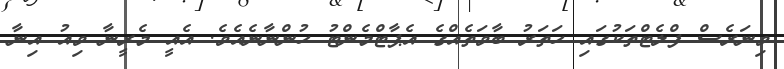
ވިނަރެސް ފްލެޓްތަކުގައި ހަތަރު ބާވަތެއްގެ އެޕާޓްމެންޓު ހުންނާނެއެވެ. އެއީ މެރީނާ ވިއު އިނާ